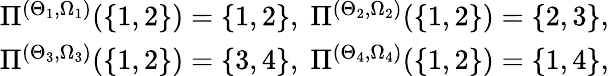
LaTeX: \begin{array}{r}{\Pi^{(\Theta_{1},\Omega_{1})}(\{ 1,2\} )=\{ 1,2\} ,\; \Pi^{(\Theta_{2},\Omega_{2})}(\{ 1,2\} )=\{ 2,3\} ,}\\ {\Pi^{(\Theta_{3},\Omega_{3})}(\{ 1,2\} )=\{ 3,4\} ,\; \Pi^{(\Theta_{4},\Omega_{4})}(\{ 1,2\} )=\{ 1,4\} ,}\end{array}